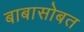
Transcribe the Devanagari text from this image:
बाबासोबत